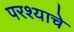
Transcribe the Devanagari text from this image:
परश्याचे